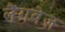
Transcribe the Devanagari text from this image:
लैंगवेज़